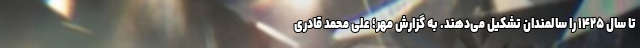
تا سال ۱۴۲۵ را سالمندان تشکیل می‌دهند. به گزارش مهر؛ علی محمد قادری